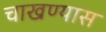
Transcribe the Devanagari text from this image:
चाखण्यास